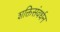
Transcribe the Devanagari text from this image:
शक्तिसंवर्धन